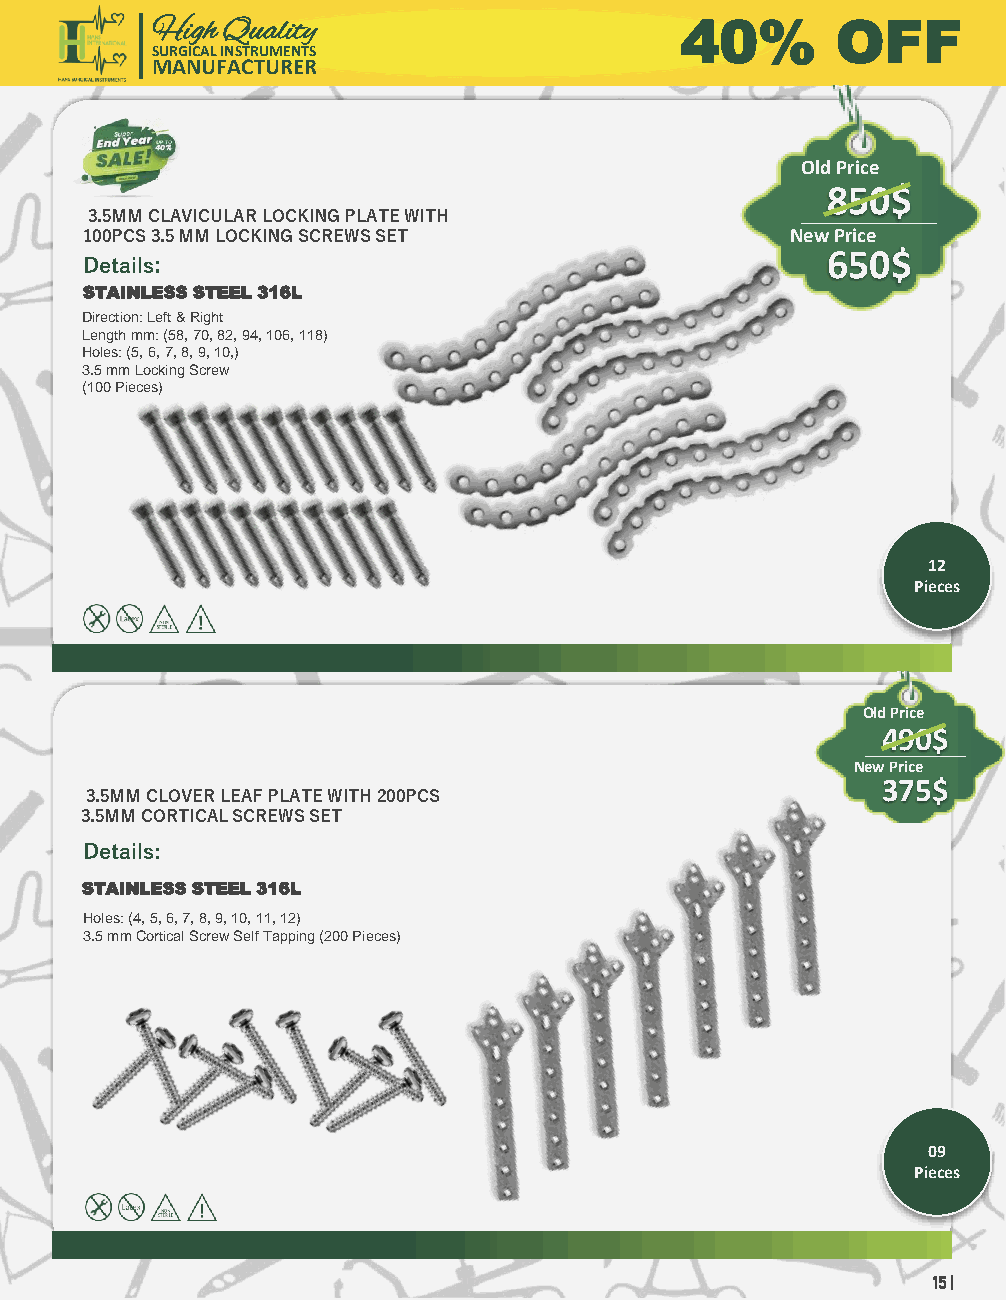
High Quality                       40%       OFF
 SURGICAL INSTRUMENTS
 MANUFACTURER
 Old Price
 850$
 3.5MM CLAVICULAR LOCKING PLATE WITH
 100PCS 3.5 MM LOCKING SCREWS SET               New Price
 Details:                                          650$
 STAINLESS STEEL 316L
 Direction: Left & Right
 Length mm: (58, 70, 82, 94, 106, 118)
 Holes: (5, 6, 7, 8, 9, 10,)
 3.5 mm Locking Screw
 (100 Pieces)
 12
 Pieces
 Old Price
 490$
 New Price
 375$
 3.5MM CLOVER LEAF PLATE WITH 200PCS
 3.5MM CORTICAL SCREWS SET
 Details:
 STAINLESS STEEL 316L
 Holes: (4, 5, 6, 7, 8, 9, 10, 11, 12)
 3.5 mm Cortical Screw Self Tapping (200 Pieces)
 09
 Pieces
 15 |